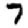
Digit: 7